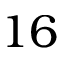
1 6